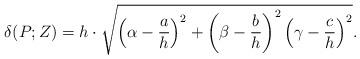
LaTeX: \begin{align*}\delta(P; Z) = h\cdot \sqrt{\left( \alpha - \frac ah \right)^2 + \left( \beta - \frac bh \right)^2\left( \gamma - \frac ch \right)^2}.\end{align*}